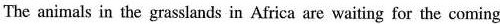
The animals in the grasslands in Africa are waiting for the coming